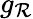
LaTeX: g_{\mathcal{R}}